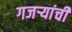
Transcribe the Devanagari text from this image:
गजर्‍यांची